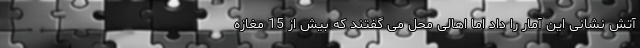
آتش نشانی این آمار را داد اما اهالی محل می گفتند که بیش از 15 مغازه